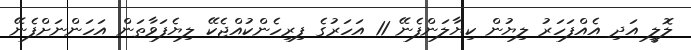
ލޮލީ އަދި އެއްފަހަރު ލިޔުން ކިޔާލަންފެނޭ 11 އަހަރުގެ ފިރިހެންކުއްޖެކޭ ލިޔެފަވާތަން އަހަންނަށްފެނޭ